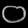
Digit: ၀